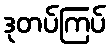
ဒုတပ်ကြပ်